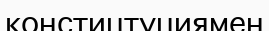
констицтуциямен